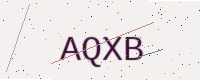
Text: AQXB